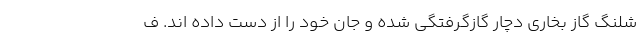
شلنگ گاز بخاری دچار گازگرفتگی شده و جان خود را از دست داده اند. ف